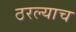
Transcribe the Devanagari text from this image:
ठरल्याच